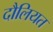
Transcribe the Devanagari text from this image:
दौलियत